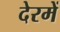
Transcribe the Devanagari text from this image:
देरमें